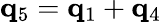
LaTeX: {\mathbf q}_{5}={\mathbf q}_{1}+{\mathbf q}_{4}